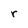
Character: r